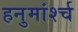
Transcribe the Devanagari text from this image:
हनुमांर्श्च